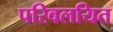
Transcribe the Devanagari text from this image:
परिवलयित